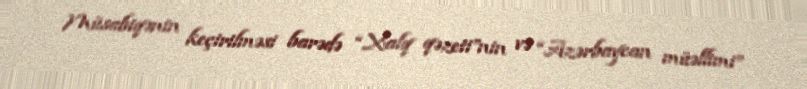
Müsabiqənin keçirilməsi barədə “Xalq qəzeti”nin və “Azərbaycan müəllimi”